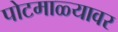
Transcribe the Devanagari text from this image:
पोटमाळ्यावर